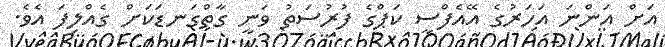
އަށް އަންނަ އަހަރުގެ އޭއެފްސީ ކަޕްގެ ފުރުސަތު ވަނީ ގާތްގަނޑަކަށް ގެއްލިފަ އެވެ.